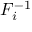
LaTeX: F _ { i } ^ { - 1 }